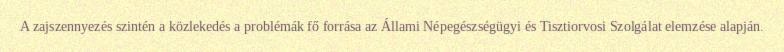
A zajszennyezés szintén a közlekedés a problémák fő forrása az Állami Népegészségügyi és Tisztiorvosi Szolgálat elemzése alapján.